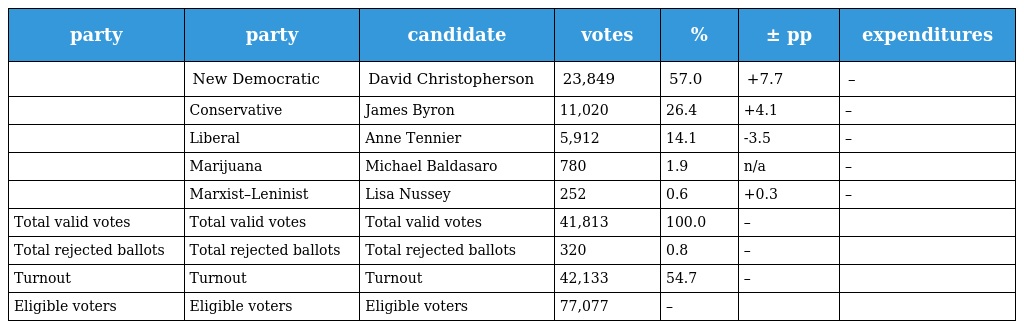
| party | party | candidate | votes | % | ± pp | expenditures |
 | --- | --- | --- | --- | --- | --- | --- |
 |  | New Democratic | David Christopherson | 23,849 | 57.0 | +7.7 | – |
 |  | Conservative | James Byron | 11,020 | 26.4 | +4.1 | – |
 |  | Liberal | Anne Tennier | 5,912 | 14.1 | -3.5 | – |
 |  | Marijuana | Michael Baldasaro | 780 | 1.9 | n/a | – |
 |  | Marxist–Leninist | Lisa Nussey | 252 | 0.6 | +0.3 | – |
 | Total valid votes | Total valid votes | Total valid votes | 41,813 | 100.0 | – |  |
 | Total rejected ballots | Total rejected ballots | Total rejected ballots | 320 | 0.8 | – |  |
 | Turnout | Turnout | Turnout | 42,133 | 54.7 | – |  |
 | Eligible voters | Eligible voters | Eligible voters | 77,077 | – |  |  |